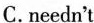
C.needn't